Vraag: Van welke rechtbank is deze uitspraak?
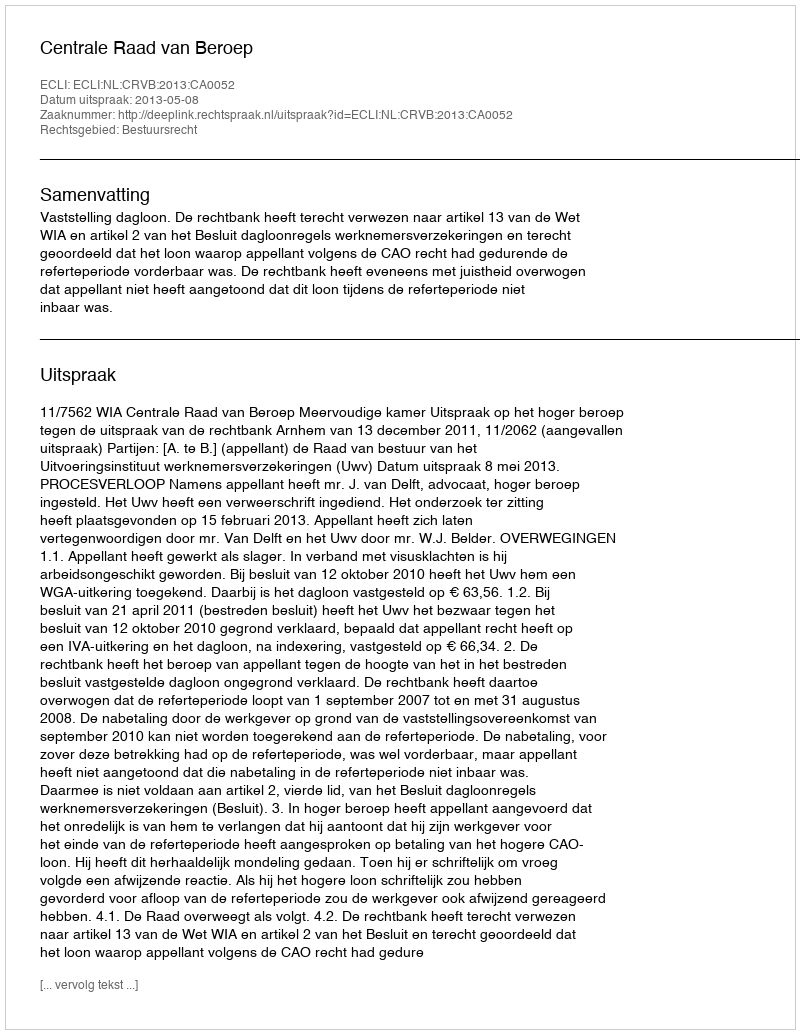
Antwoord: Centrale Raad van Beroep